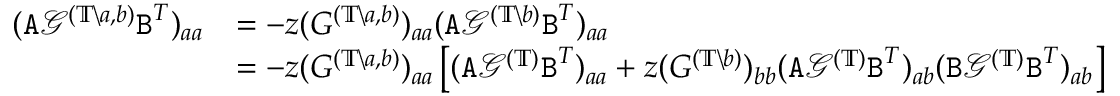
\begin{array} { r l } { ( { \texttt A } { \mathcal G } ^ { ( \mathbb { T } \backslash a , b ) } { \texttt B } ^ { T } ) _ { a a } } & { = - z ( G ^ { ( \mathbb { T } \backslash a , b ) } ) _ { a a } ( { \texttt A } { \mathcal G } ^ { ( \mathbb { T } \backslash b ) } { \texttt B } ^ { T } ) _ { a a } } \\ & { = - z ( G ^ { ( \mathbb { T } \backslash a , b ) } ) _ { a a } \left[ ( { \texttt A } { \mathcal G } ^ { ( \mathbb { T } ) } { \texttt B } ^ { T } ) _ { a a } + z ( G ^ { ( \mathbb { T } \backslash b ) } ) _ { b b } ( { \texttt A } { \mathcal G } ^ { ( \mathbb { T } ) } { \texttt B } ^ { T } ) _ { a b } ( { \texttt B } { \mathcal G } ^ { ( \mathbb { T } ) } { \texttt B } ^ { T } ) _ { a b } \right] } \end{array}